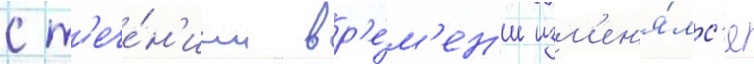
с т'ече́н'ием вр'е́м'ен'и изм'ен'я́лс'я